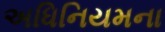
અધિનિયમના